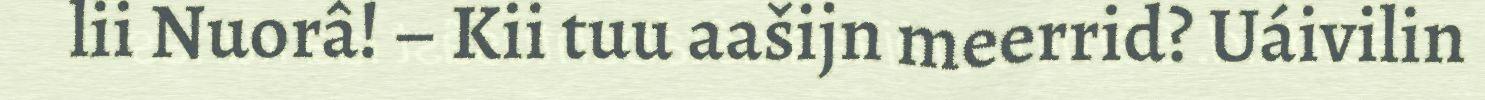
lii Nuorâ! – Kii tuu aašijn meerrid? Uáivilin